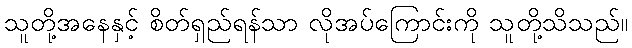
သူတို့အနေနှင့် စိတ်ရှည်ရန်သာ လိုအပ်ကြောင်းကို သူတို့သိသည်။